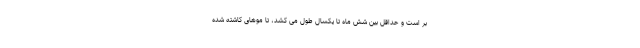
بر است و حداقل بین شش ماه تا یکسال طول می کشد، تا موهای کاشته شده